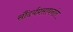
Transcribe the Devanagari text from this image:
सौंदर्यप्रसाधनांत